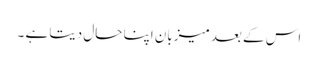
اس کے بعد میزبان اپنا حال دیتا ہے ۔